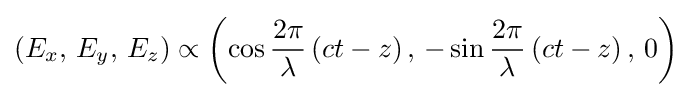
\left(E_{x},\,E_{y},\,E_{z}\right)\propto \left(\cos {\frac {2\pi }{\lambda }}\left(ct-z\right),\,-\sin {\frac {2\pi }{\lambda }}\left(ct-z\right),\,0\right)